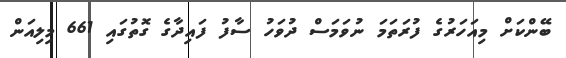
ބޭންކަށް މިއަހަރުގެ ފުރަތަމަ ނުވަމަސް ދުވަހު ސާފު ފައިދާގެ ގޮތުގައި 661 މިލިއަން